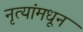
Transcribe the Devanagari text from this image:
नृत्यांमधून